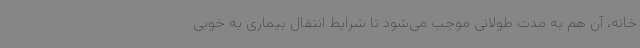
خانه، آن هم به مدت طولانی موجب می‌شود تا شرایط انتقال بیماری به خوبی